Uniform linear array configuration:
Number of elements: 4
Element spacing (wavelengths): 1
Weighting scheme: cosine
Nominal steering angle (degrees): -30
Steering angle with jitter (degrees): -30.5
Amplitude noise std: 0.05
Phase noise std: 0.05

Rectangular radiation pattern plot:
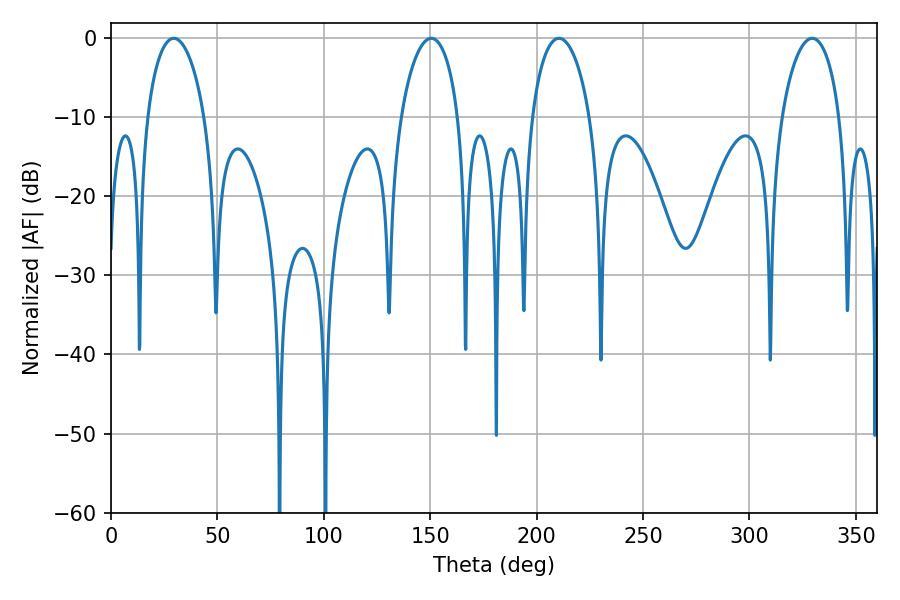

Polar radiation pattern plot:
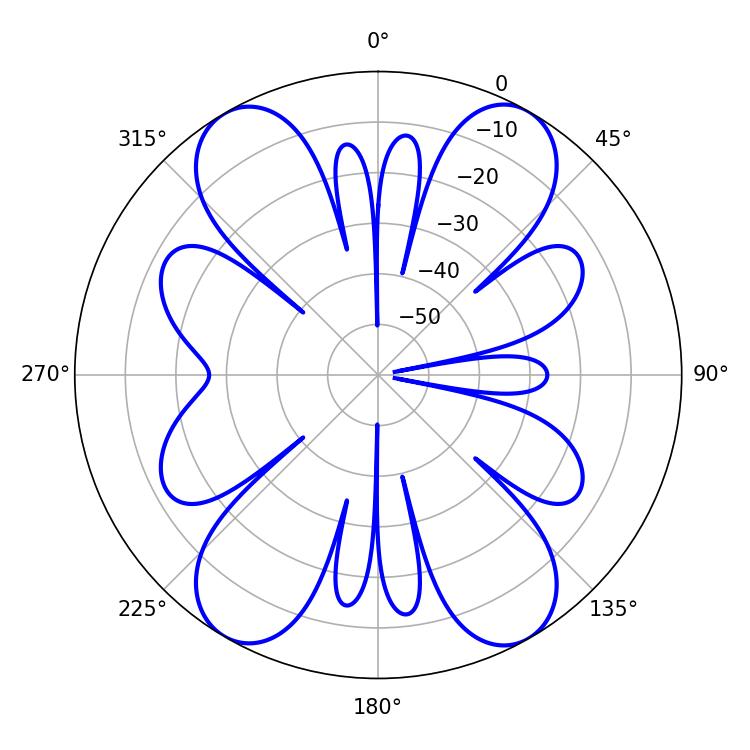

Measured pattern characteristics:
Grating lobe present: TRUE
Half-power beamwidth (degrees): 15.48
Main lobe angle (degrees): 29.52